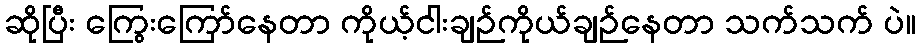
ဆိုပြီး ကြွေးကြော်နေတာ ကိုယ့်ငါးချဉ်ကိုယ်ချဉ်နေတာ သက်သက် ပဲ။